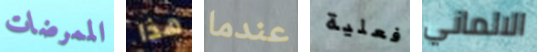
الممرضات هذا عندما فعلية الالماني